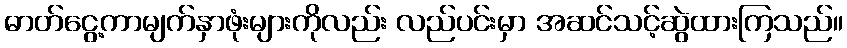
ဓာတ်ငွေ့ကာမျက်နှာဖုံးများကိုလည်း လည်ပင်းမှာ အဆင်သင့်ဆွဲထားကြသည်။